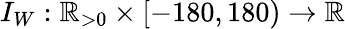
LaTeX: I_{W}:\mathbb{R}_{>0}\times[-180,180)\to\mathbb{R}